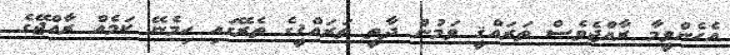
އެހެންވީމާ ރާއްޖެވެސް ތަރައްޤީ ވަމުން ދާތީ ތަރައްޤީގެ ތެރޭގައި ހިމެނޭ ކަމެއް ރާއްޖޭގެ